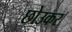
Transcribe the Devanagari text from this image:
छोउकर